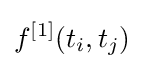
f^{[1]}(t_{i},t_{j})